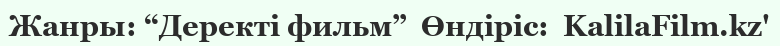
Жанры: “Деректі фильм”  Өндіріс:  KalilaFilm.kz'